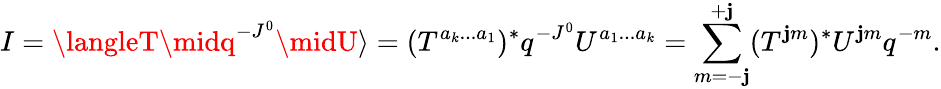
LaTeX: I=\langleT\midq^{-J^{0}}\midU\rangle=(T^{a_{k}...a_{1}})^{\ast}q^{-J^{0}}U^{a_{1}...a_{k}}=\sum_{m=-\mathbf{j}}^{+\mathbf{j}}(T^{\mathbf{j}m})^{\ast}U^{\mathbf{j}m}q^{-m}.